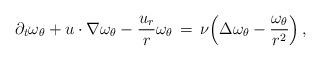
LaTeX: \begin{align*} \partial_t \omega_\theta + u\cdot\nabla\omega_\theta - \frac{u_r}{r}\omega_\theta \,=\, \nu\Bigl(\Delta \omega_\theta - \frac{\omega_\theta}{r^2}\Bigr)\,,\end{align*}